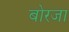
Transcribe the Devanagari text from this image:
बोरजा